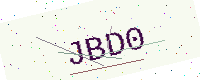
Text: JBD0